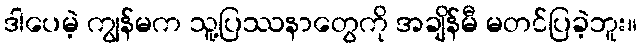
ဒါပေမဲ့ ကျွန်မက သူ့ပြဿနာတွေကို အချိန်မီ မတင်ပြခဲ့ဘူး။